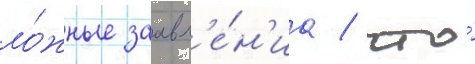
ло́жные заавл'е́н'иа / что́